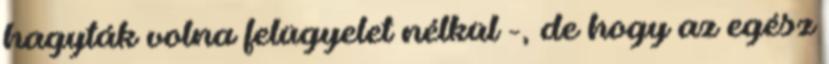
hagyták volna felügyelet nélkül -, de hogy az egész